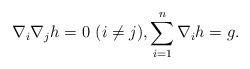
LaTeX: \begin{align*}\nabla_i\nabla_j h=0\ (i\ne j),\sum_{i=1}^n\nabla_i h=g.\end{align*}